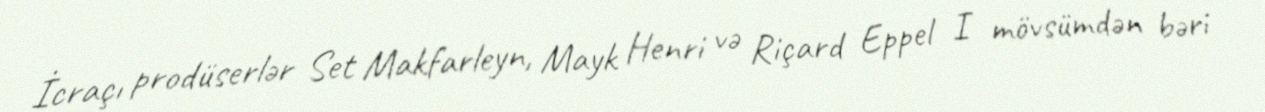
İcraçı prodüserlər Set Makfarleyn, Mayk Henri və Riçard Eppel I mövsümdən bəri